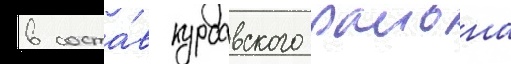
в соста́в курсавского раиона